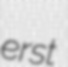
erst